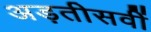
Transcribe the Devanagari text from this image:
अड़तीसवीं